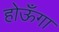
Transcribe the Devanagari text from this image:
होऊँगा